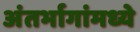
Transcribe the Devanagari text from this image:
अंतर्भागांमध्ये